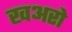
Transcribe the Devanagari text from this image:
खअरो